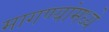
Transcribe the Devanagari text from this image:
मागण्यांमध्ये